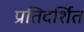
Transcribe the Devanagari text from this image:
प्रतिदर्शित